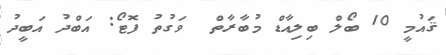
ޤައުމީ 10 ބޯލް ބިލިއާޑް މުބާރާތް  ވަގުތު ފޮޓޯ: އަބްދު އަބީދު